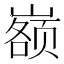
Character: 𰎷